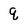
Character: q